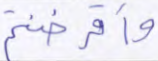
وأقرضتم